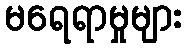
မရေရာမှုများ